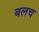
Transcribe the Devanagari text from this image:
बलच